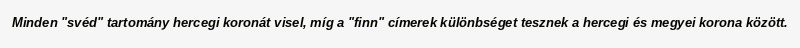
Minden "svéd" tartomány hercegi koronát visel, míg a "finn" címerek különbséget tesznek a hercegi és megyei korona között.